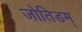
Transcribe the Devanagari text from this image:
जोतिडम्